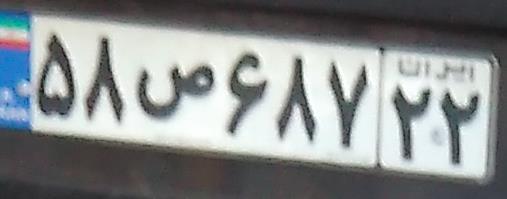
۵۸ص۶۸۷۲۲